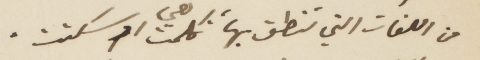
من اللغات التي تنطق بها، تكلمت معي او سكتت.